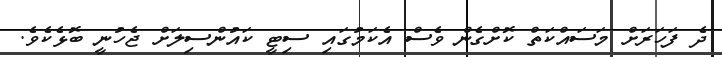
ދެ ފަހަރަށް މަސައްކަތް ކޮށްގެން ވެސް އެކަމުގައި ސިޓީ ކައުންސިލަށް ޖެހުނީ ބޮޅެކެވެ.